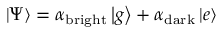
\left| \Psi \right\rangle = \alpha _ { \mathrm { b r i g h t } } \left| g \right\rangle + \alpha _ { \mathrm { d a r k } } \left| e \right\rangle